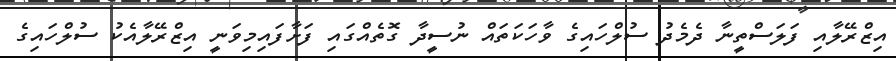
އިޒްރޭލާއި ފަލަސްތީނާ ދެމެދު ސުލްހައިގެ ވާހަކަތައް ނުސީދާ ގޮތެއްގައި ފަށާފައިމިވަނީ އިޒްރޭލާއެކު ސުލްހައިގެ